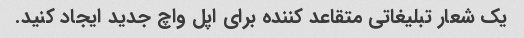
یک شعار تبلیغاتی متقاعد کننده برای اپل واچ جدید ایجاد کنید.